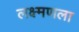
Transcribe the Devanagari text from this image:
लक्ष्मणला